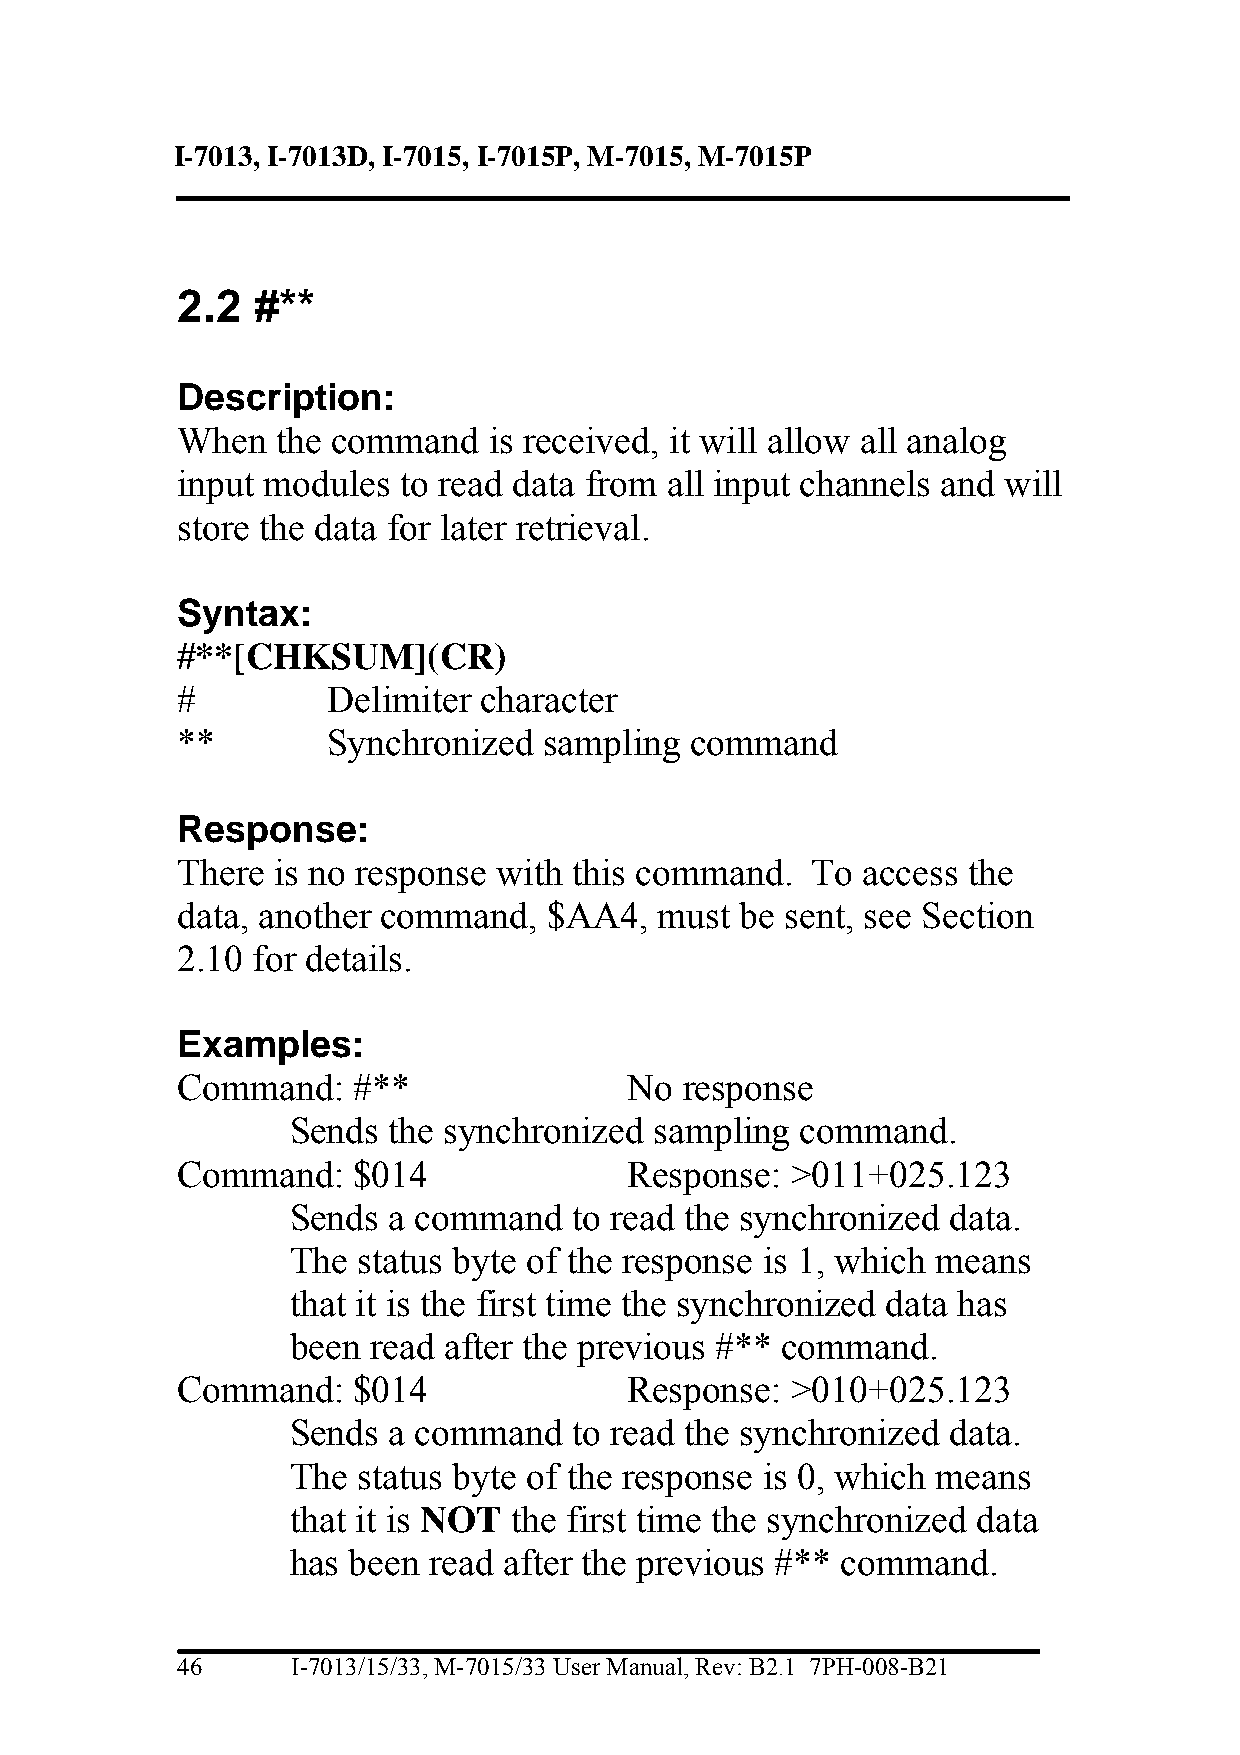
I-7013, I-7013D, I-7015, I-7015P, M-7015, M-7015P
 2.2  #**
 Description:
 When  the command   is received, it will allow all analog
 input modules to read data from all input channels and will
 store the data for later retrieval.
 Syntax:
 #**[CHKSUM](CR)
 #         Delimiter character
 **        Synchronized  sampling  command
 Response:
 There is no response with this command.   To access the
 data, another command,  $AA4,   must be sent, see Section
 2.10 for details.
 Examples:
 Command:   #**                No response
 Sends  the synchronized sampling  command.
 Command:   $014               Response: >011+025.123
 Sends  a command   to read the synchronized data.
 The  status byte of the response is 1, which means
 that it is the first time the synchronized data has
 been read after the previous #** command.
 Command:   $014               Response: >010+025.123
 Sends  a command   to read the synchronized data.
 The  status byte of the response is 0, which means
 that it is NOT the first time the synchronized data
 has been read after the previous #** command.
 46     I-7013/15/33, M-7015/33 User Manual, Rev: B2.1 7PH-008-B21